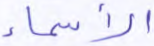
الأسماء